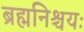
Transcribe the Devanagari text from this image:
ब्रह्मनिश्चयः